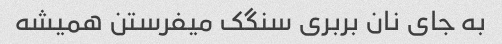
به جای نان بربری سنگک میفرستن همیشه